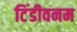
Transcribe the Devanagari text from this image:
टिंडीवनम